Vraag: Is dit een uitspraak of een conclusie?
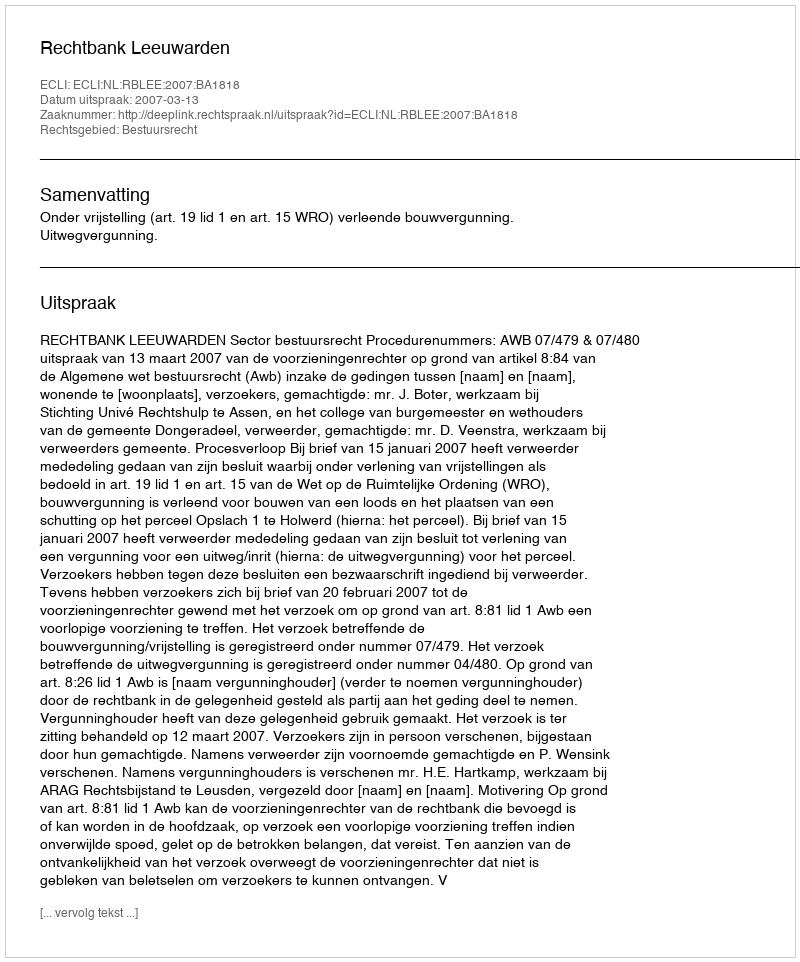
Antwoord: Uitspraak